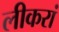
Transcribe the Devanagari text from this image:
लीकरां